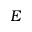
E